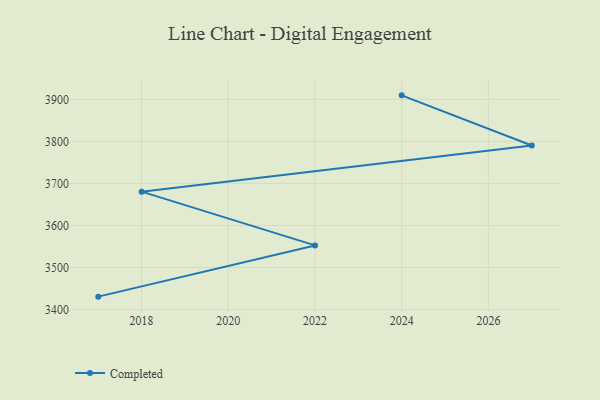
{"axis": {"x": "Year", "y": "Headcount"}, "legend": ["Completed"], "data": [{"x": "2017", "y": 3430.7, "type": "Completed"}, {"x": "2022", "y": 3552.6, "type": "Completed"}, {"x": "2018", "y": 3680.5, "type": "Completed"}, {"x": "2027", "y": 3790.2, "type": "Completed"}, {"x": "2024", "y": 3909.6, "type": "Completed"}]}